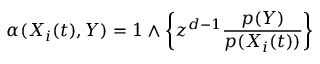
\alpha ( X _ { i } ( t ) , Y ) = 1 \wedge \left\{ z ^ { d - 1 } \frac { p ( Y ) } { p ( X _ { i } ( t ) ) } \right\}